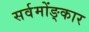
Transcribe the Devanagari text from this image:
सर्वमोंङ्कार